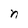
Character: n